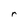
Character: r